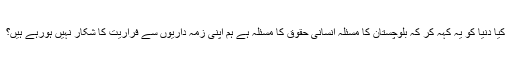
کیا دنیا کو یہ کہہ کر کہ بلوچستان کا مسئلہ انسانی حقوق کا مسئلہ ہے ہم اپنی زمہ داریوں سے فراریت کا شکار نہیں ہورہے ہیں؟